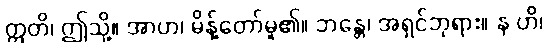
ဣတိ၊ ဤသို့။ အာဟ၊ မိန့်တော်မူ၏။ ဘန္တေ၊ အရှင်ဘုရား။ န ဟိ၊